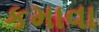
કમાવા